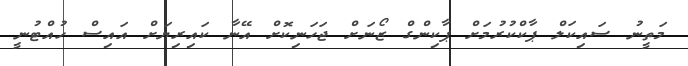
މަތީނު ސައިކަލް ޕާކްކުރުމަށް ޕާކިންގް ޒޯނަށް ޖަހަނިކޮށް އޭނާ ކައިރިޔަށް އައިސް ހުއްޓުނީ